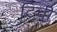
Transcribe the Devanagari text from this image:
टिची